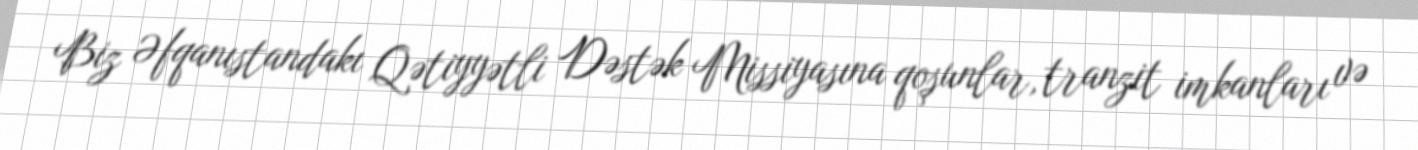
Biz Əfqanıstandakı Qətiyyətli Dəstək Missiyasına qoşunlar, tranzit imkanları və